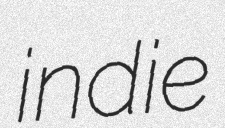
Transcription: indie